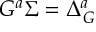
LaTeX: { \cal G } ^ { a } \Sigma = \Delta _ { \cal G } ^ { a }